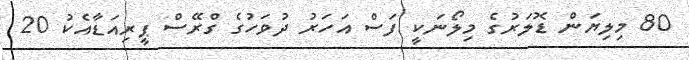
80 މިލިޔަން ޑޮލަރުގެ މިލޯނަކީ ފަސް އަހަރު ދުވަހުގެ ގްރޭސް ޕީރިއަޑާއެކު 20